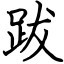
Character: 跋